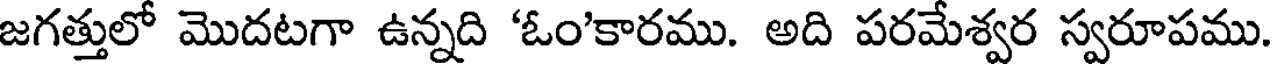
జగత్తులో మొదటగా ఉన్నది 'ఓం'కారము. అది పరమేశ్వర స్వరూపము.